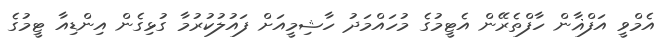
އެމްވީ އަފްޣާން ހާފްތެރޭން އެޓީމުގެ މުހައްމަދު ހާޝިމީއަށް ފައުލުކުރުމާ ގުޅިގެން އިންޑިއާ ޓީމުގެ